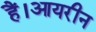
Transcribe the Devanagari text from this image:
हैं।आयरीन